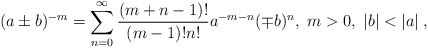
\begin{align*}(a\pm b)^{-m}=\sum_{n=0}^{\infty}\frac{(m+n-1)!}{(m-1)!n!}a^{-m-n}(\mp b)^{n}, \; m>0, \; |b|<|a| \; ,\end{align*}